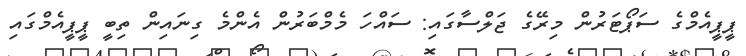
ޕީޕީއެމްގެ ސަޕޯޓަރުން މިރޭގެ ޖަލްސާގައި: ސައްހަ މެމްބަރުން އެންމެ ގިނައިން ތިބީ ޕީޕީއެމްގައި